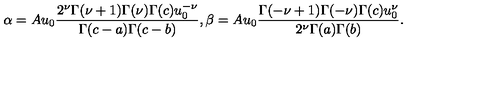
\alpha = A u _ { 0 } { \frac { 2 ^ { \nu } \Gamma ( \nu + 1 ) \Gamma ( \nu ) \Gamma ( c ) u _ { 0 } ^ { - \nu } } { \Gamma ( c - a ) \Gamma ( c - b ) } } , \beta = A u _ { 0 } { \frac { \Gamma ( - \nu + 1 ) \Gamma ( - \nu ) \Gamma ( c ) u _ { 0 } ^ { \nu } } { 2 ^ { \nu } \Gamma ( a ) \Gamma ( b ) } } .